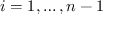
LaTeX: i = 1 , \dots , n - 1